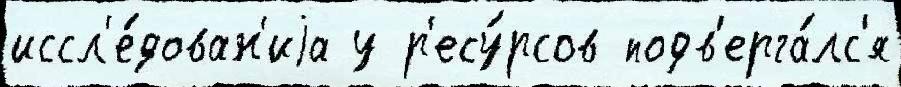
иссл'е́дован'иjа у р'есу́рсов подв'ерга́лс'я